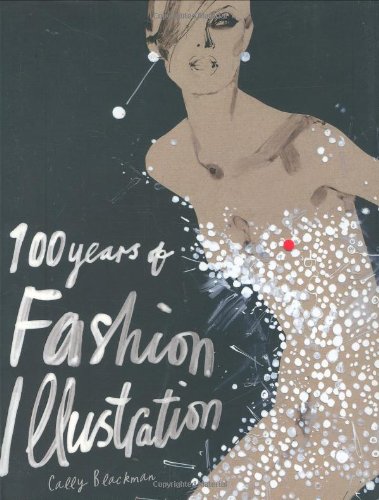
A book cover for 100 Years of Fashion Illustration; Cally Blackman; Arts & Photography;